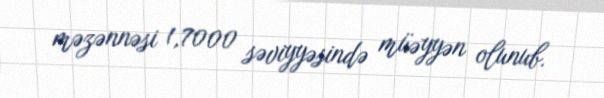
məzənnəsi 1,7000 səviyyəsində müəyyən olunub.